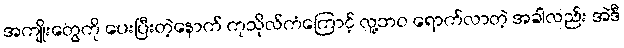
အကျိုးတွေကို ပေးပြီးတဲ့နောက် ကုသိုလ်ကံကြောင့် လူ့ဘဝ ရောက်လာတဲ့ အခါလည်း အဲဒီ